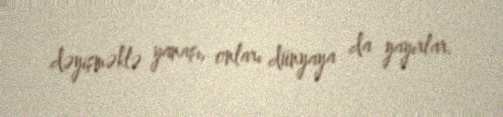
dəyişməklə yanaşı, onları dünyaya da yayırlar.